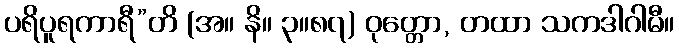
ပရိပူရကာရီ”တိ (အ။ နိ။ ၃။၈၇) ဝုတ္တော, တထာ သကဒါဂါမီ။